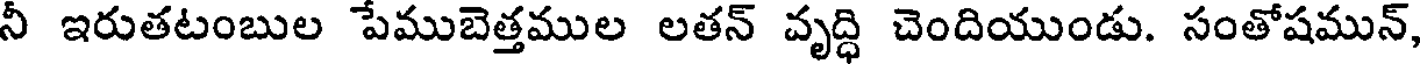
నీ ఇరుతటంబుల పేముబెత్తముల లతన్ వృద్ధి చెందియుండు. సంతోషమున్,